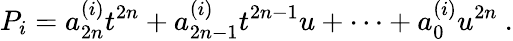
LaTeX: P_{i}=a_{2n}^{(i)}t^{2n}+a_{2n-1}^{(i)}t^{2n-1}u+\cdots+a_{0}^{(i)}u^{2n}\ .